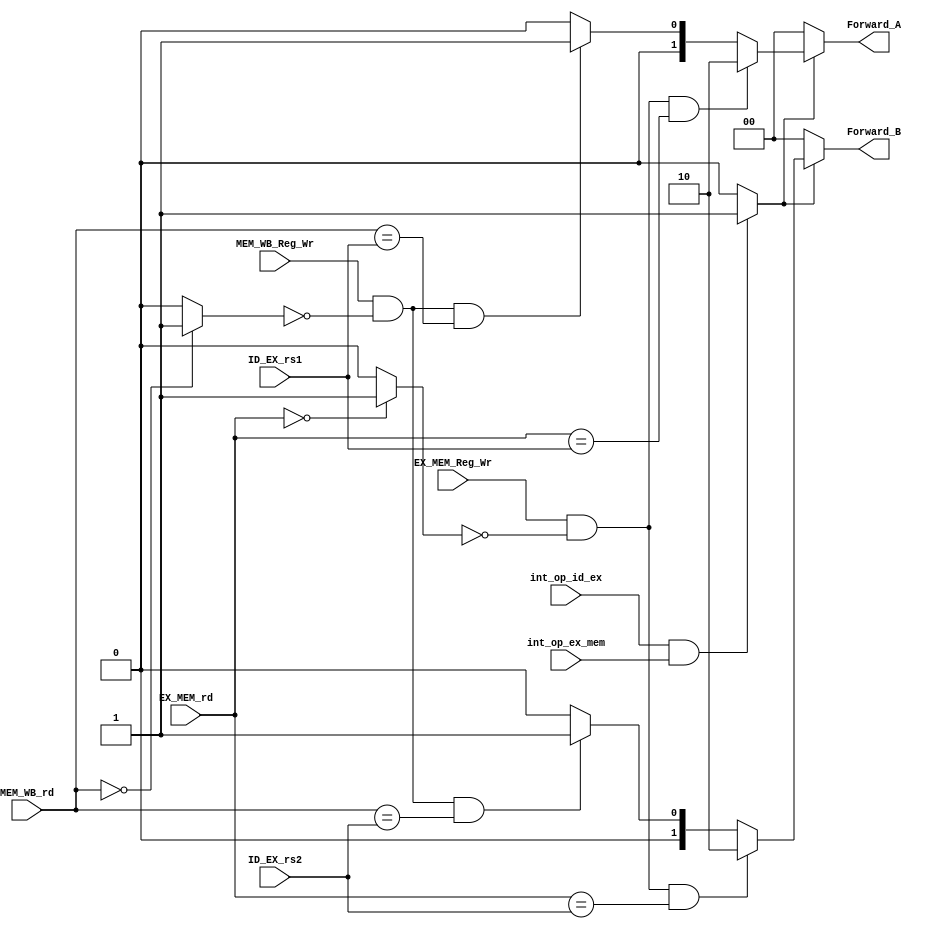
module IForward_Unit #(
	parameter WIDTH_SOURCE = 5
)
(
	// INPUT
	// Foward Decision Signals
	input  wire                    int_op_id_ex,
	input  wire                    int_op_ex_mem,

	input  wire 				   EX_MEM_Reg_Wr,
	input  wire 				   MEM_WB_Reg_Wr,
	input  wire [WIDTH_SOURCE-1:0] ID_EX_rs1,
	input  wire [WIDTH_SOURCE-1:0] ID_EX_rs2,
	input  wire [WIDTH_SOURCE-1:0] EX_MEM_rd,
	input  wire [WIDTH_SOURCE-1:0] MEM_WB_rd,

	// OUTPUT
	output reg [1:0] 			   Forward_A,
	output reg [1:0] 			   Forward_B
);

wire forw_detect;

wire EX_dest_x0;
wire MEM_dest_x0;

assign forw_detect = (int_op_id_ex && int_op_ex_mem)? 1'b1:1'b0;

assign EX_dest_x0 	  = !EX_MEM_rd? 1'b1:1'b0;
assign MEM_dest_x0 	  = !MEM_WB_rd? 1'b1:1'b0;

// Src1 ==> A
always @(*) begin

	Forward_A = 2'b00;
	
	// EX Forward
	if (forw_detect) begin
		if (EX_MEM_Reg_Wr && !EX_dest_x0 && EX_MEM_rd == ID_EX_rs1) begin
			Forward_A = 2'b10;		
		end
		// MEM Forward
		else if (MEM_WB_Reg_Wr && !MEM_dest_x0 && MEM_WB_rd == ID_EX_rs1) begin
			Forward_A = 2'b01;		
		end
		else begin
			Forward_A = 2'b00;
		end
	end
	else begin
		Forward_A = 2'b00;
	end
	
end

// Src1 ==> B
always @(*) begin

	Forward_B = 2'b00;
	
	// EX Forward
	if (forw_detect) begin
		if (EX_MEM_Reg_Wr && !EX_dest_x0 && EX_MEM_rd == ID_EX_rs2) begin
			Forward_B = 2'b10;		
		end
		// MEM Forward
		else if (MEM_WB_Reg_Wr && !MEM_dest_x0 && MEM_WB_rd == ID_EX_rs2) begin
			Forward_B = 2'b01;		
		end
		else begin
			Forward_B = 2'b00;
		end
	end
	else begin
		Forward_B = 2'b00;
	end
	
end

endmodule